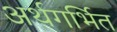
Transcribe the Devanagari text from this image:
अर्थगर्भित